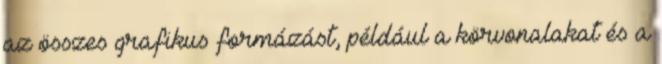
az összes grafikus formázást, például a körvonalakat és a